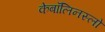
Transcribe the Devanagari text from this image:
केबॉलिनस्लो